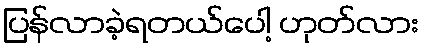
ပြန်လာခဲ့ရတယ်ပေါ့ ဟုတ်လား